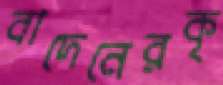
বাদেনেরকৃ